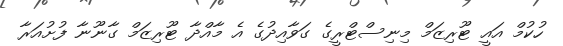
ހުކުމް އައީ ޓޫރިޒަމް މިނިސްޓްރީގެ ގަވާއިދުގެ އެ މާއްދާ ޓޫރިޒަމް ގާނޫނާ ފުށުއަރާ